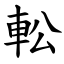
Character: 䡆